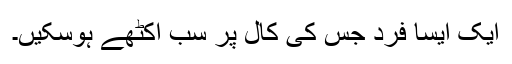
ایک ایسا فرد جس کی کال پر سب اکٹھے ہوسکیں۔